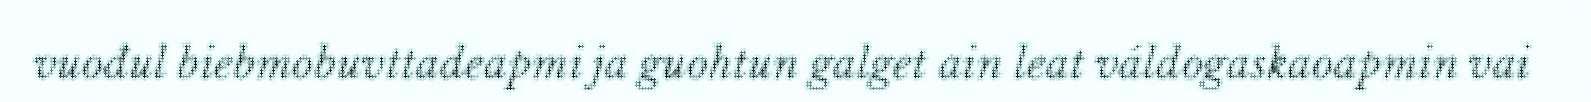
vuođul biebmobuvttadeapmi ja guohtun galget ain leat váldogaskaoapmin vai